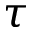
\tau